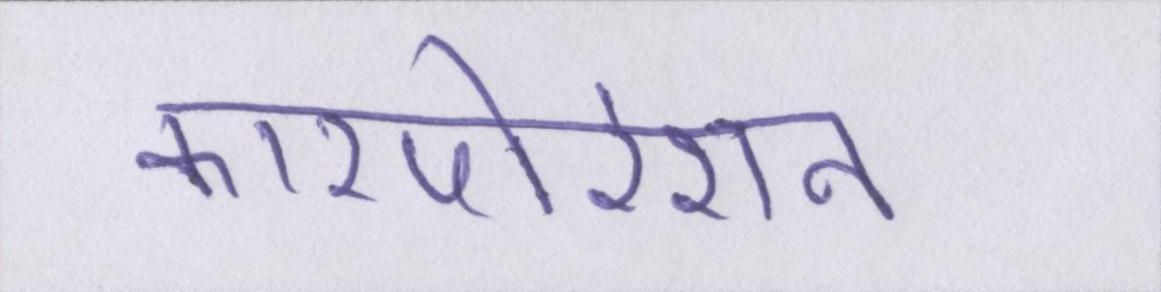
कारपोरेशन